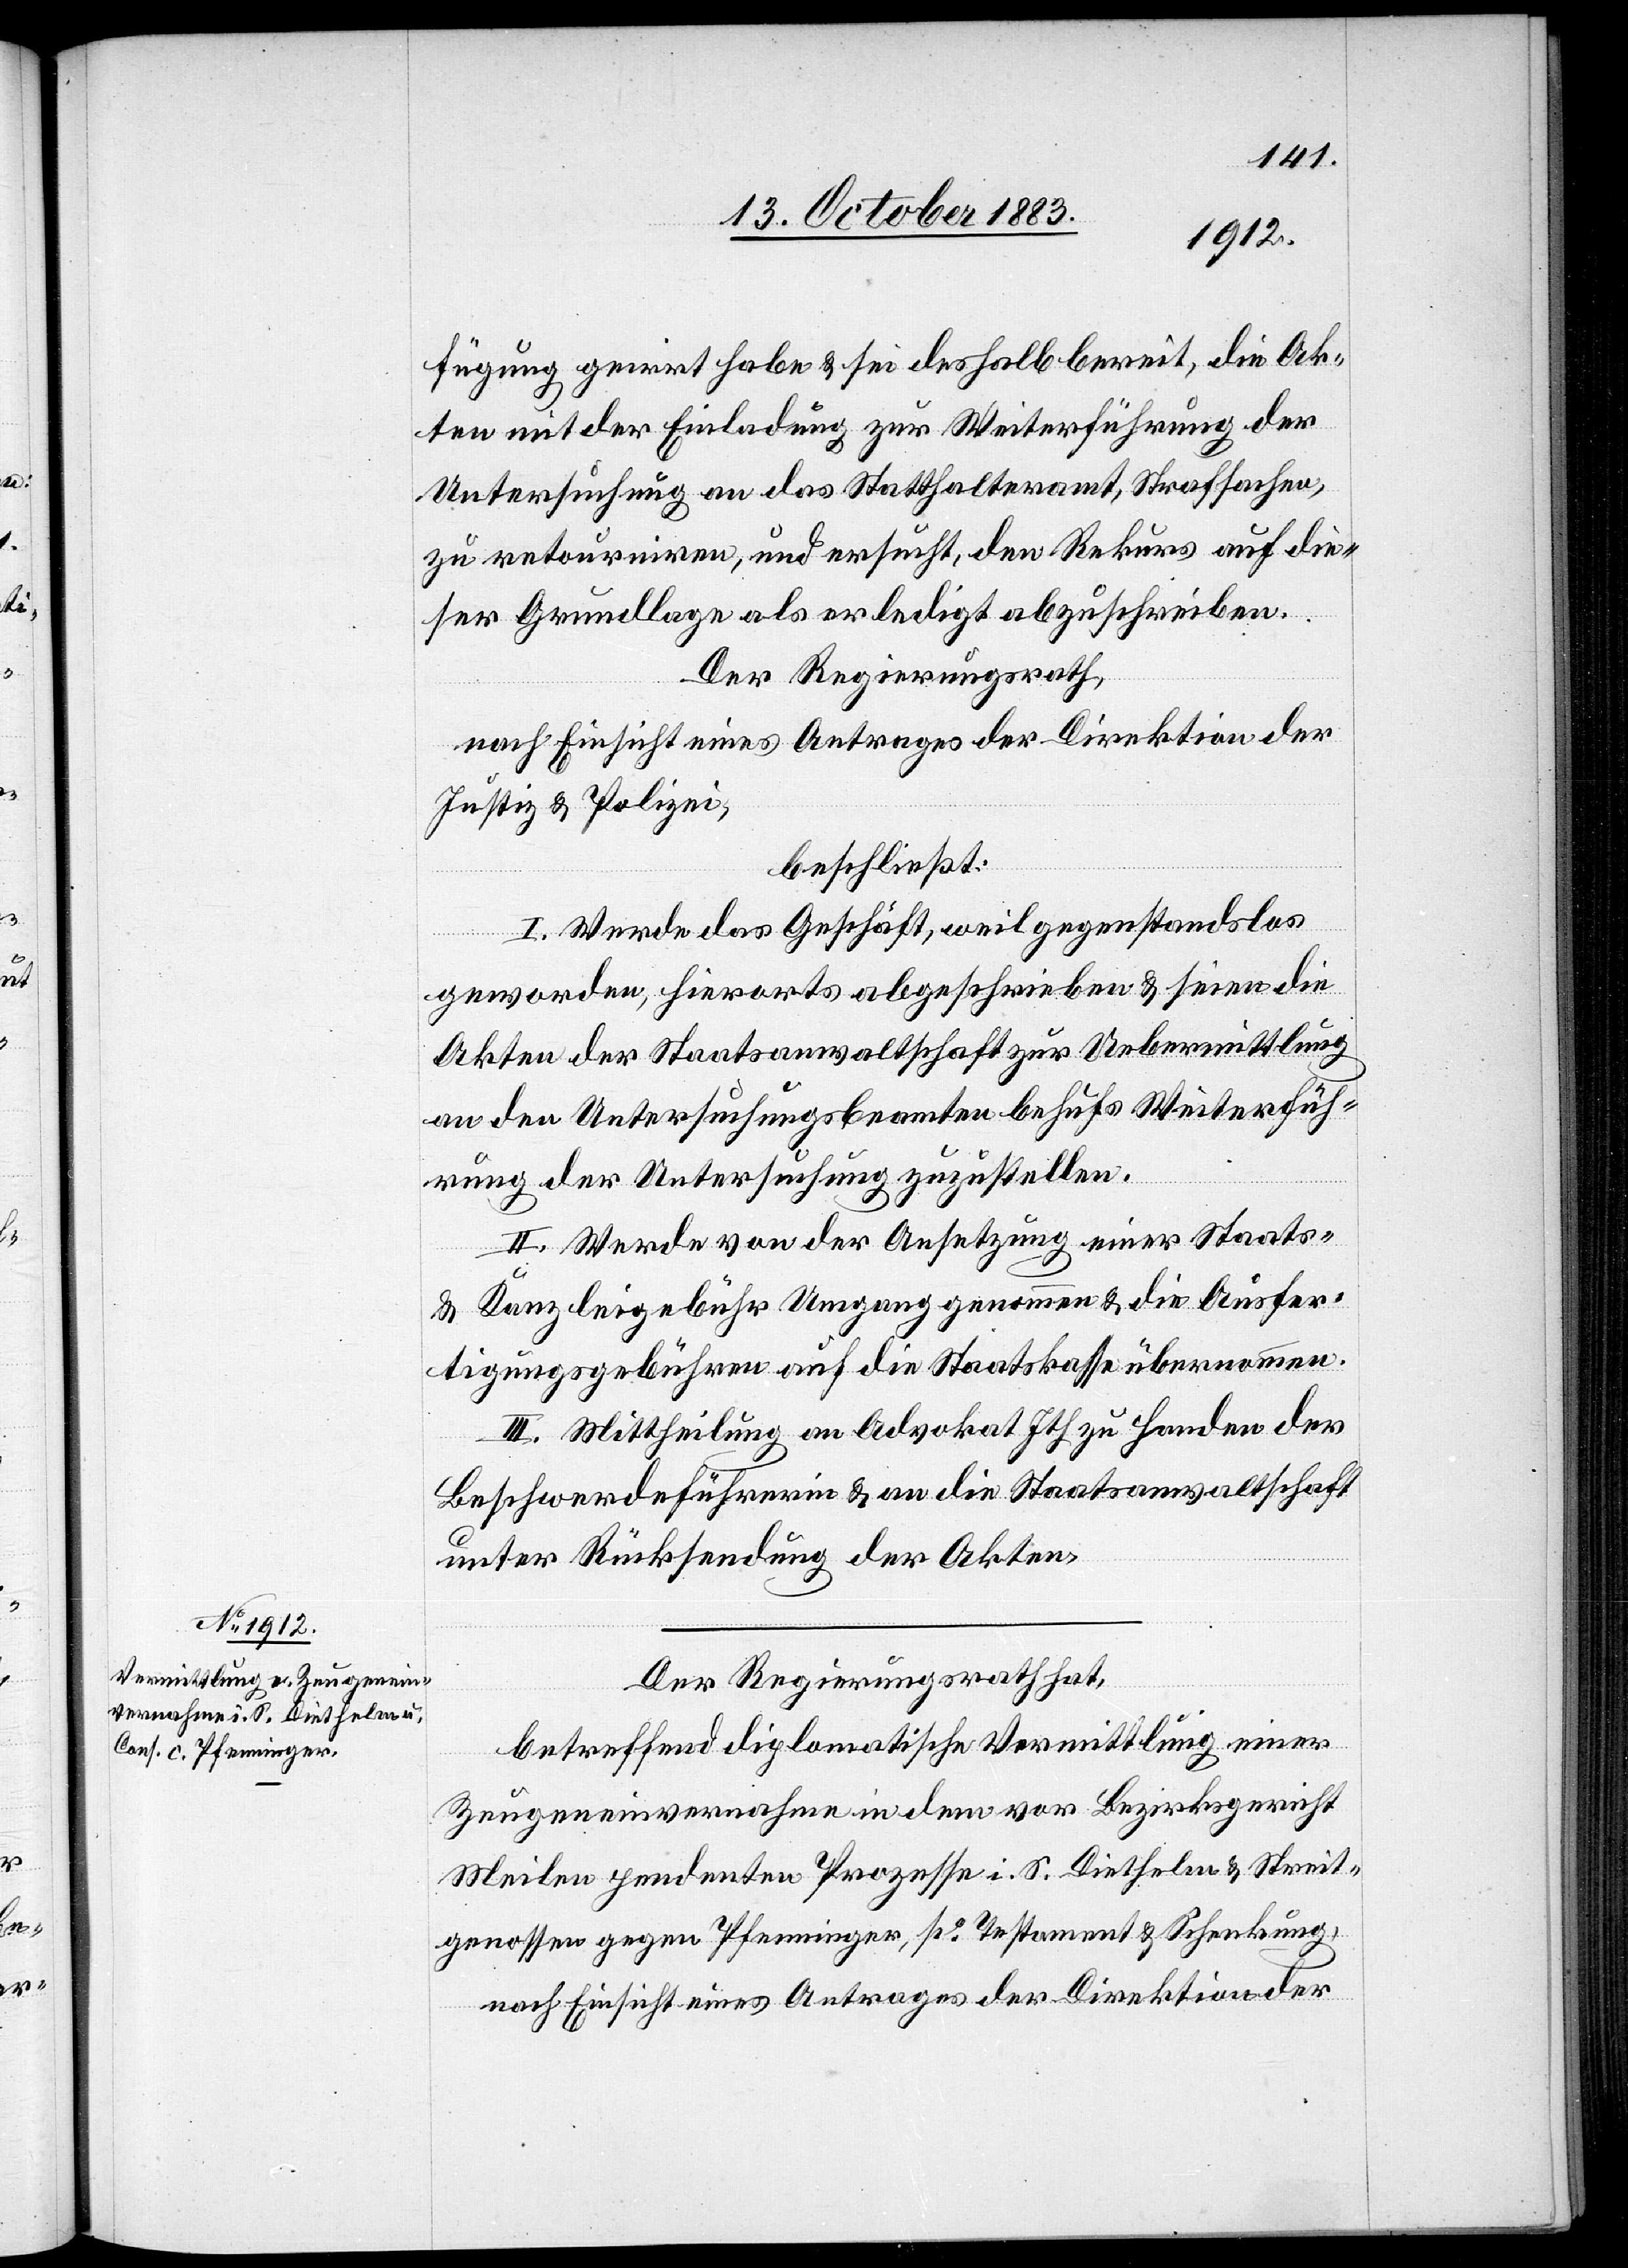
fügung geirrt habe & sei deshalb bereit, die Ak¬
ten mit der Einladung zur Weiterführung der
Untersuchung an das Statthalteramt, Strafsachen,
zu retourniren, und ersucht, den Rekurs auf die¬
ser Grundlage als erledigt abzuschreiben.
Der Regierungsrath,
nach Einsicht eines Antrages der Direktion der
Justiz & Polizei,
beschließt:
I. Werde das Geschäft, weil gegenstandslos
geworden, hierorts abgeschrieben & seien die
Akten der Staatsanwaltschaft zur Uebermittlung
an den Untersuchungsbeamten behufs Weiterfüh¬
rung der Untersuchung zuzustellen.
II. Werde von der Ansetzung einer Staats-
& Kanzleigebühr Umgang genommen & die Ausfer¬
tigungsgebühren auf die Staatskasse übernommen.
III. Mittheilung an Advokat Ith zu Handen der
Beschwerdeführerin & an die Staatsanwaltschaft
unter Rücksendung der Akten.
Der Regierungsrath hat,
betreffend diplomatische Vermittlung einer
Zeugeneinvernahme in dem vor Bezirksgericht
Meilen pendenten Prozesse i. S. Diethelm & Streit¬
genossen gegen Pfenninger, po Testament & Schenkung,
nach Einsicht eines Antrages der Direktion der